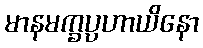
မာနမက္ခပ္ပဟာယိနော